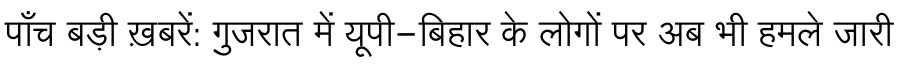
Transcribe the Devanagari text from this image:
पाँच बड़ी ख़बरें: गुजरात में यूपी-बिहार के लोगों पर अब भी हमले जारी